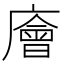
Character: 廥